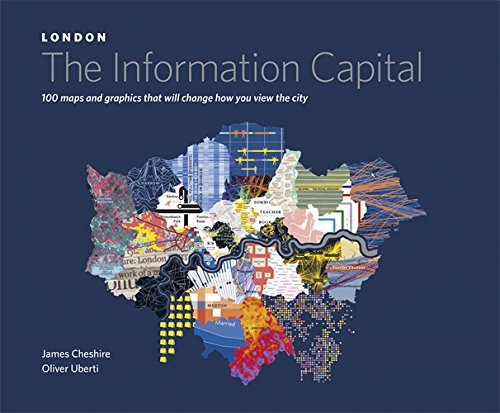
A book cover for London: The Information Capital: 100 Maps and Graphics That Will Change How You View the City; James Cheshire; Politics & Social Sciences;